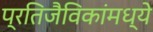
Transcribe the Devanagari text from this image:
प्रतिजैविकांमध्ये